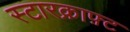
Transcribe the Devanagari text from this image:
स्टारक्राफ़्ट